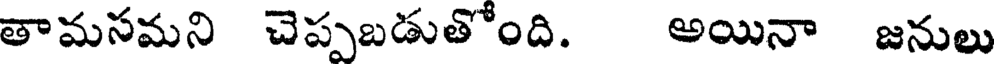
తామసమని చెప్పబడుతోంది. అయినా జనులు